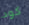
كود